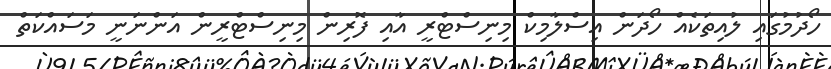
ހޯދުމުގައި ލުއިތަކެއް ހޯދަން އިސްލާމިކް މިނިސްޓްރީ އާއި ފޮރިން މިނިސްޓްރީން އަންނަނީ މަސައްކަތް